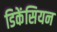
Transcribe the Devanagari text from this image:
डिकेंसियन